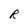
Character: R